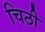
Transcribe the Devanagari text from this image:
चिठी